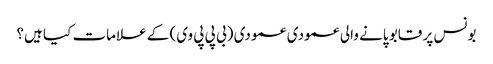
بونس پر قابو پانے والی عمودی عمودی (بی پی پی وی) کے علامات کیا ہیں؟